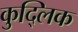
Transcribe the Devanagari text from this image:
कुद्लिक